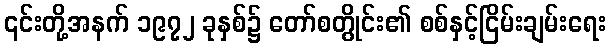
၎င်းတို့အနက် ၁၉၇၂ ခုနှစ်၌ တော်စတွိုင်း၏ စစ်နှင့်ငြိမ်းချမ်းရေး